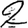
Digit: 2